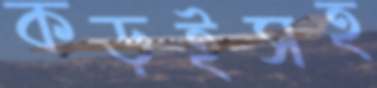
কড়ইসহ